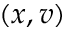
( x , v )